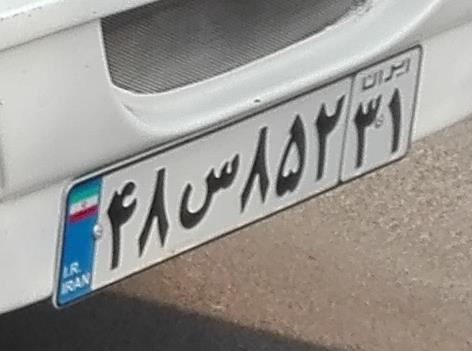
۴۸س۸۵۲۳۱